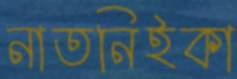
নাতনিইকা